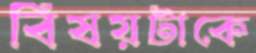
বিষয়টাকে